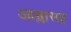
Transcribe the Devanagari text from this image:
आम्लासह